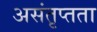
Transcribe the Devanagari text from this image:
असंतृप्तता